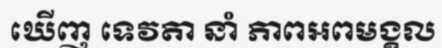
ឃើញ ទេវតា នាំ ភាពអពមង្គល